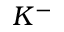
K ^ { - }